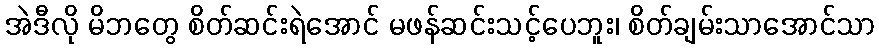
အဲဒီလို မိဘတွေ စိတ်ဆင်းရဲအောင် မဖန်ဆင်းသင့်ပေဘူး၊ စိတ်ချမ်းသာအောင်သာ